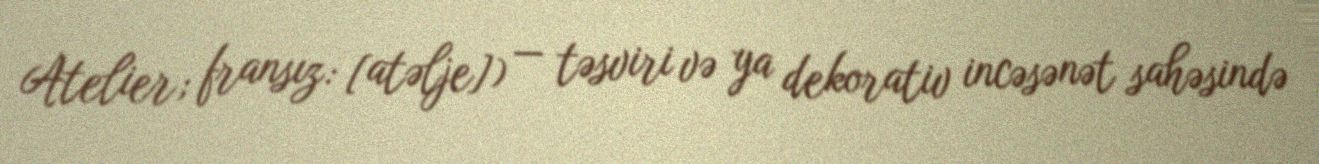
Atelier; fransız: [atəlje]) — təsviri və ya dekorativ incəsənət sahəsində